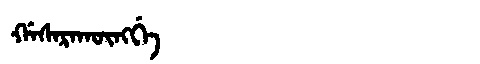
Manchu: ᡤᠠᠰᠠᡵᠠᡴᡡᠩᡤᡝ
Romanization: GASARAKŪNGGE